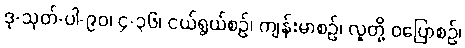
ဒု-သုတ်-ပါ-၉၀၊ ၄-၃၆၊ ငယ်ရွယ်စဉ်၊ ကျန်းမာစဉ်၊ လူတို့ ဝပြောစဉ်၊